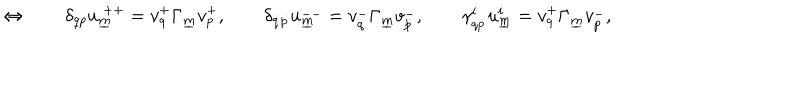
\Leftrightarrow \qquad \delta _ { q p } u _ { \underline { { { m } } } } ^ { ~ + + } = v _ { q } ^ { + } \Gamma _ { \underline { { { m } } } } v _ { p } ^ { + } , \qquad \delta _ { \dot { q } \dot { p } } u _ { \underline { { { m } } } } ^ { -- } = v _ { \dot { q } } ^ { - } \Gamma _ { \underline { { { m } } } } v _ { \dot { p } } ^ { - } , \qquad \gamma _ { q \dot { p } } ^ { i } u _ { \underline { { { m } } } } ^ { i } = v _ { q } ^ { + } \Gamma _ { \underline { { { m } } } } v _ { \dot { p } } ^ { - } ,